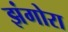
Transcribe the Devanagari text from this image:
झंगोरा